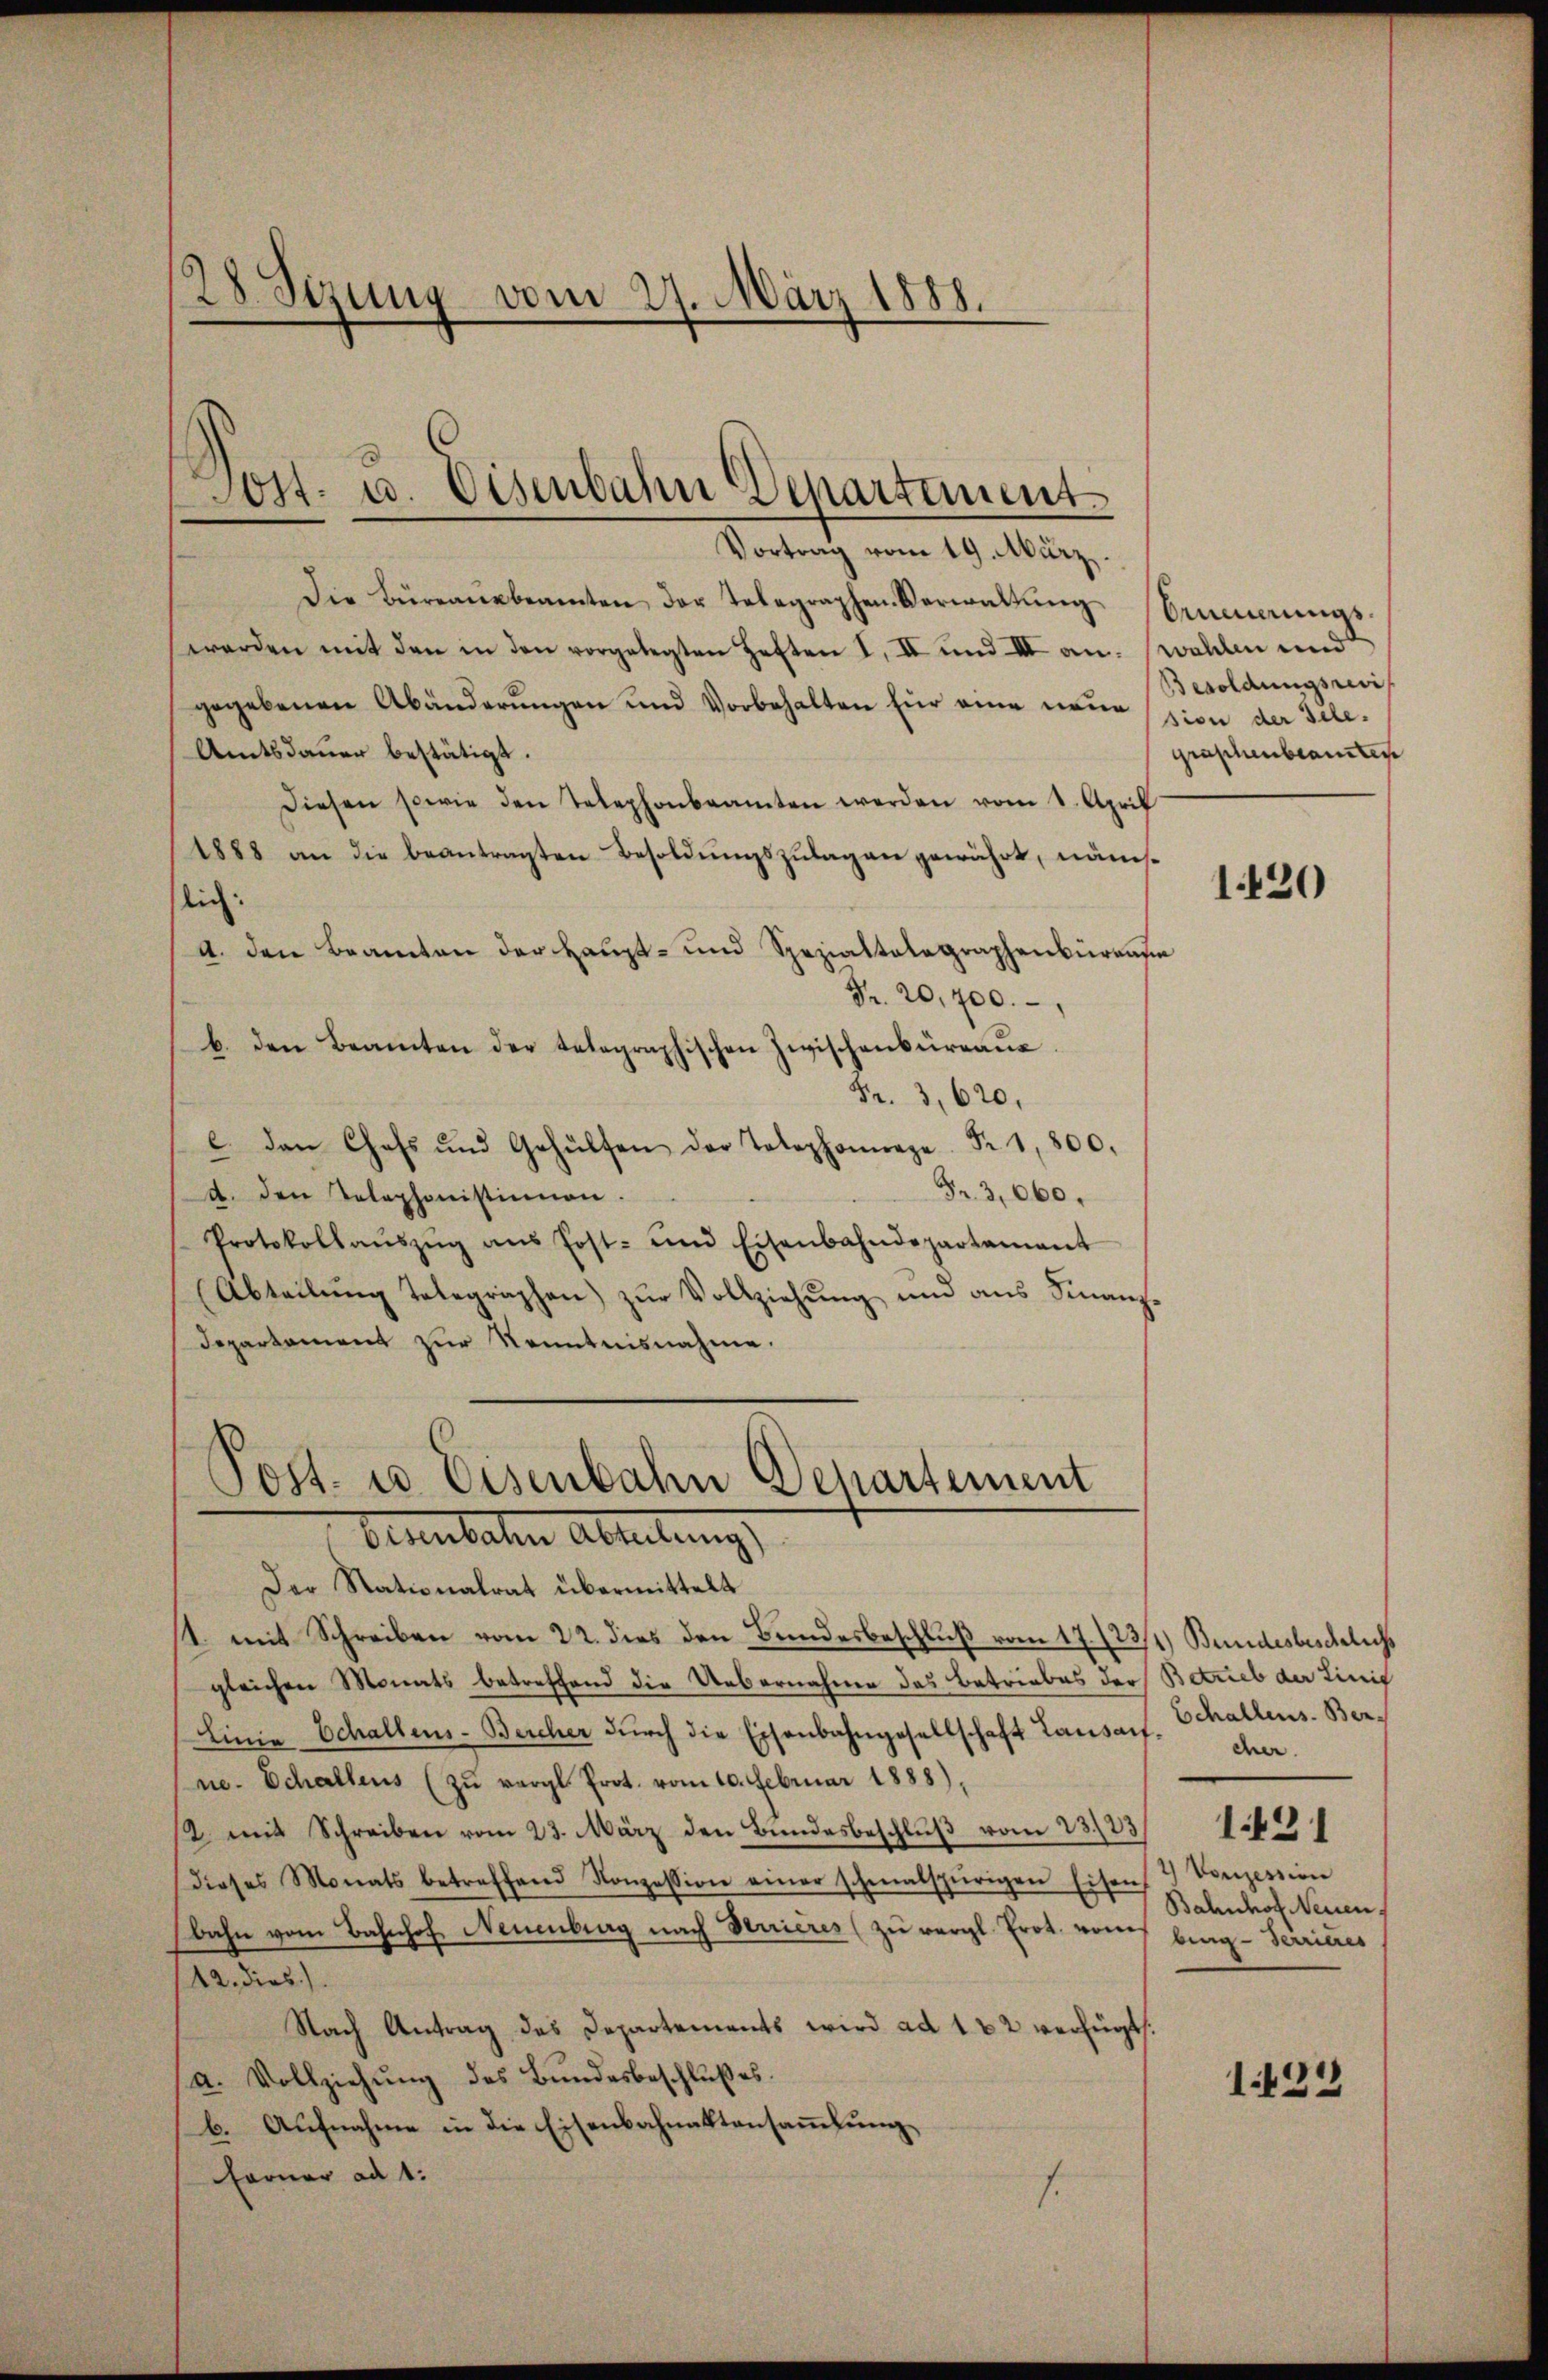
28. Sizung vom 27. März 1888.

Post- u. Eisenbahn Departement
Vortrag vom 19. März.

Die Büreaŭsbeamten der Telegraphen-Verwaltŭng
werden mit den in den vorgelegten Heften I, II und III an. (wahlen und
gegebenen Abänderungen und Vorbehalten für eine neuession der Gele¬
Amtsdauer bestätigt.
Diesen sowie den Telephonbeamten werden vom 1. April
1888 an die beantragten Besoldŭngszŭlagen gewährt, näms-
lich:
A. den Beamten der Haupt- und Spezialtalagraphenbureau
Fr. 20,700.
b. den Beamten der telegraphischen Zwischenbüreaŭe
Fr. 3, 620.
c. den Chefs und Gehülfen der Telephonanze Fr. 1,800.
Fr. 3,060.
a. den Telephonistinnen.
Protokollaŭszŭg ans Post- und Eisenbahndepartamant
(Abteilŭng telegraphen zŭr Vollziehŭng und ans Finanz-
departament zur Kenntnisnahme.

Post- u. Eisenbahn Departement
Feuerbachen Abteilung

Der Nationalrat übermittelt
1. mit Schreiben vom 22. dies den Bundesbeschluß vom 17. /23/1) Bundesbeschlichs
gleichen Monats betreffend die Uebernahme des Betriebes der Betrieb der Einig
Linie Schallens-Bercher dŭrch die Eisenbahngesellschaft Lausach. Schallens-Berne. Schaltens (zŭ vergl. Prot. vom 10. Februar 1888),
2. mit Schreiben vom 23. März den Bundesbeschlŭβ vom 23/33/19
dieses Monats betreffend Konzession einer schmalspurigen Eisen 3 Vonzession
bahn vom Bahnhof, Neuenburg nach Verrieres (zu vergl. Prot. von bing-Serrieres
12. dies
Nach Antrag des Departements wird ad 182 verfügt:
a. Vollziehŭng des Bŭndesbeschlŭβes.
b. Aufnahme in die Eisenbahnaktensammlung
Farner ad 1.
s

Oumeungs¬
Besoldungsrevi
graphenbeamten

1420

cher.
Bahnhof Neuen

1433